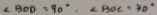
\angle B O D = 9 0 ^ { \circ } , \angle B O C = 3 0 ^ { \circ }